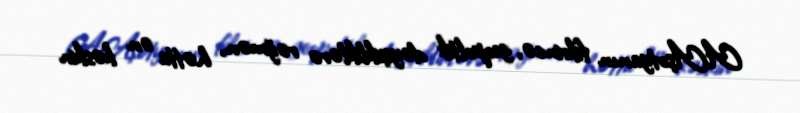
A.Aşotyanın fikrincə, geopoltik dəyişikliklərə rəğmən, hətta ən kəskin